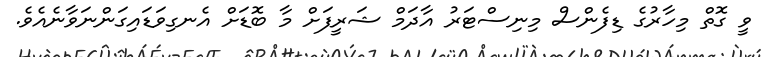
ވީ ގޮތް މިހާރުގެ ޑިފެންސް މިނިސްޓަރު އާދަމް ޝަރީފަށް މާ ބޮޑަށް އެނގިވަޑައިގަންނަވާނެއެވެ.